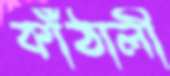
কাঁঠালী